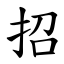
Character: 招